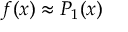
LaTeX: f ( x ) \approx P _ { 1 } ( x )